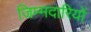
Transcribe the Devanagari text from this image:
जिम्मदारियों